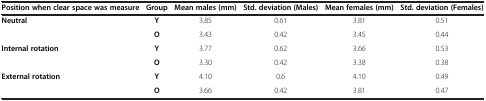
<table><thead><tr><td><b>Position when clear space was measure</b></td><td><b>Group</b></td><td><b>Mean males (mm)</b></td><td><b>Std. deviation (Males)</b></td><td><b>Mean females (mm)</b></td><td><b>Std. deviation (Females)</b></td></tr></thead><tbody><tr><td><b>Neutral</b></td><td><b>Y</b></td><td>3.85</td><td>0.61</td><td>3.81</td><td>0.51</td></tr><tr><td> </td><td><b>O</b></td><td>3.43</td><td>0.42</td><td>3.45</td><td>0.44</td></tr><tr><td><b>Internal rotation</b></td><td><b>Y</b></td><td>3.77</td><td>0.62</td><td>3.66</td><td>0.53</td></tr><tr><td> </td><td><b>O</b></td><td>3.30</td><td>0.42</td><td>3.38</td><td>0.38</td></tr><tr><td><b>External rotation</b></td><td><b>Y</b></td><td>4.10</td><td>0.6</td><td>4.10</td><td>0.49</td></tr><tr><td> </td><td><b>O</b></td><td>3.66</td><td>0.42</td><td>3.81</td><td>0.47</td></tr></tbody></table>